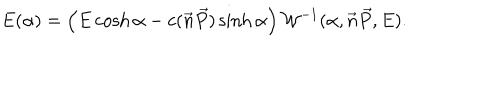
LaTeX: E ( \alpha ) = \left( E \cosh \alpha - c ( \vec { n } \vec { P } ) \sinh \alpha \right) { \cal { W } } ^ { - 1 } ( \alpha , \vec { n } \vec { P } , E ) .